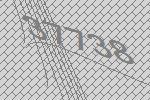
37738